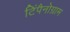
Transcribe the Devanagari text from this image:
टिंपैनोग्राम